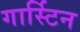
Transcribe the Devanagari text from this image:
गार्स्टिन